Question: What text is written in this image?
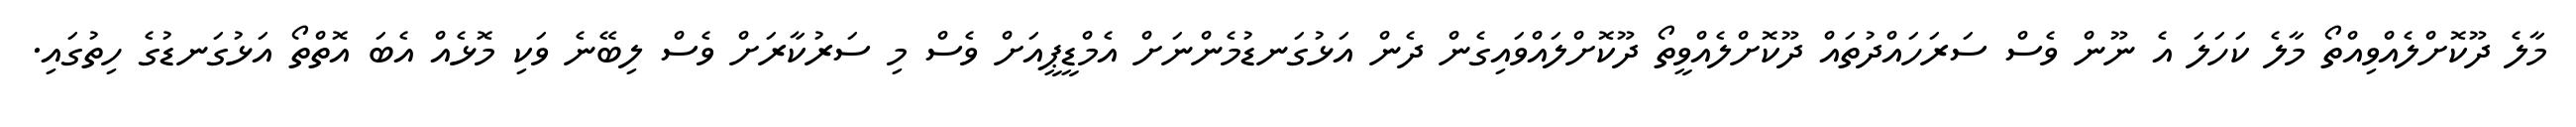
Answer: މާލެ ދޫކޮށްލެއްވިއްތޯ މާލެ ކަހަލަ އެ ނޫން ވެސް ސަރަހައްދުތައް ދޫކޮށްލެއްވީތޯ ދޫކޮށްލައްވައިގެން ދެން އަޅުގަނޑުމެންނަށް އެމްޑީޕީއަށް ވެސް މި ސަރުކާރަށް ވެސް ލިބޭނެ ވަކި މޮޅެއް އެބަ އޮތްތޯ އަޅުގަނޑުގެ ހިތުގައި.